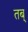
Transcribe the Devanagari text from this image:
तब्